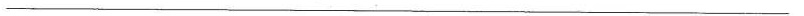
___